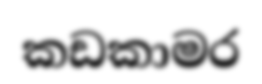
කඩකාමර